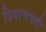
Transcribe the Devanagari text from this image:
दिवाणपदी